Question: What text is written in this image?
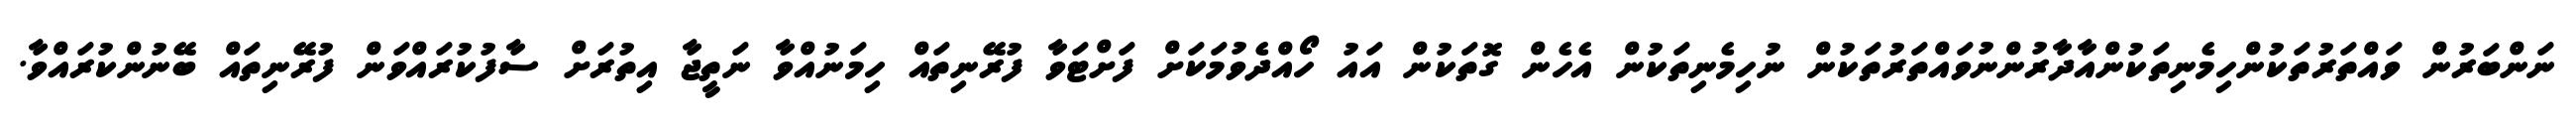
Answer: ނަންބަރުން ވައްތަރުތަކުންހިމެނިތަކުންއާދާރުންނުވައްތަރުތަކުން ނުހިމެނިތަކުން އެހެން ގޮތަކުން އައު ހޯއްދެވުމަކަށް ފަށްޓަވާ ފުރޭނިތައް ހިމަނުއްވާ ނަތީޖާ އިތުރަށް ސާފުކުރައްވަން ފުރޭނިތައް ބޭނުންކުރައްވާ.